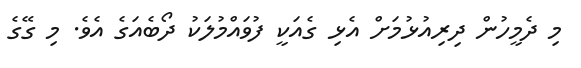
މި ދެމީހުން ދިރިއުޅުމަށް އެޅި ގެއަކީ ފުވައްމުލަކު ދޯބެއަގެ އެވެ. މި ގޭގެ